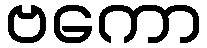
ဗကော